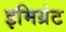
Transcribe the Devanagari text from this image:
इमिग्रंट